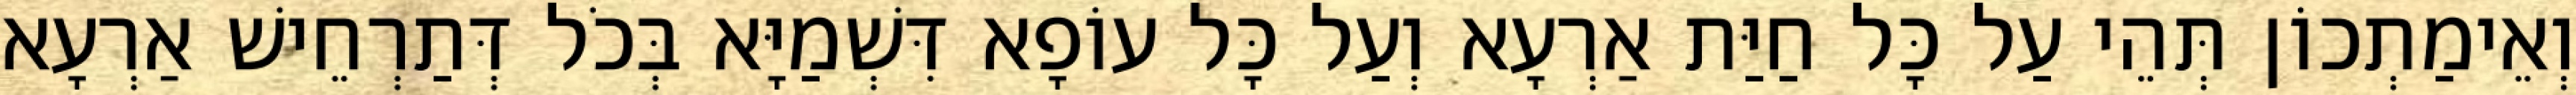
וְאֵימַתְכוֹן תְּהֵי עַל כָּל חַיַּת אַרְעָא וְעַל כָּל עוֹפָא דִּשְׁמַיָּא בְּכֹל דְּתַרְחֵישׁ אַרְעָא